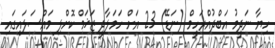
ހިޔާ ނަދީމު އަބްދުއްރަހީމް (ނަޑޭ) 23 އަށް ހަމަލާދީ ޒަޚަމް ކޮށްލި މައްސަލައިގައި